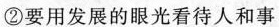
②要用发展的眼光看待人和事